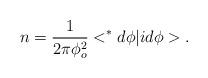
LaTeX: \begin{align*}n=\frac{1}{2\pi \phi_o^2} <^*d\phi |id\phi >.\end{align*}